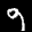
Label: 9